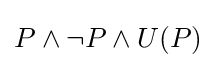
P\land \neg P\land U(P)